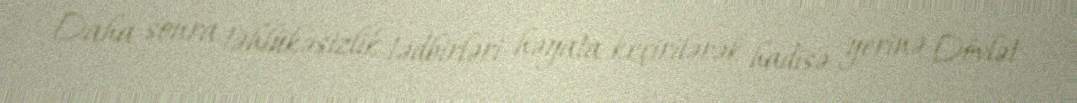
Daha sonra təhlükəsizlik tədbirləri həyata keçirilərək hadisə yerinə Dövlət